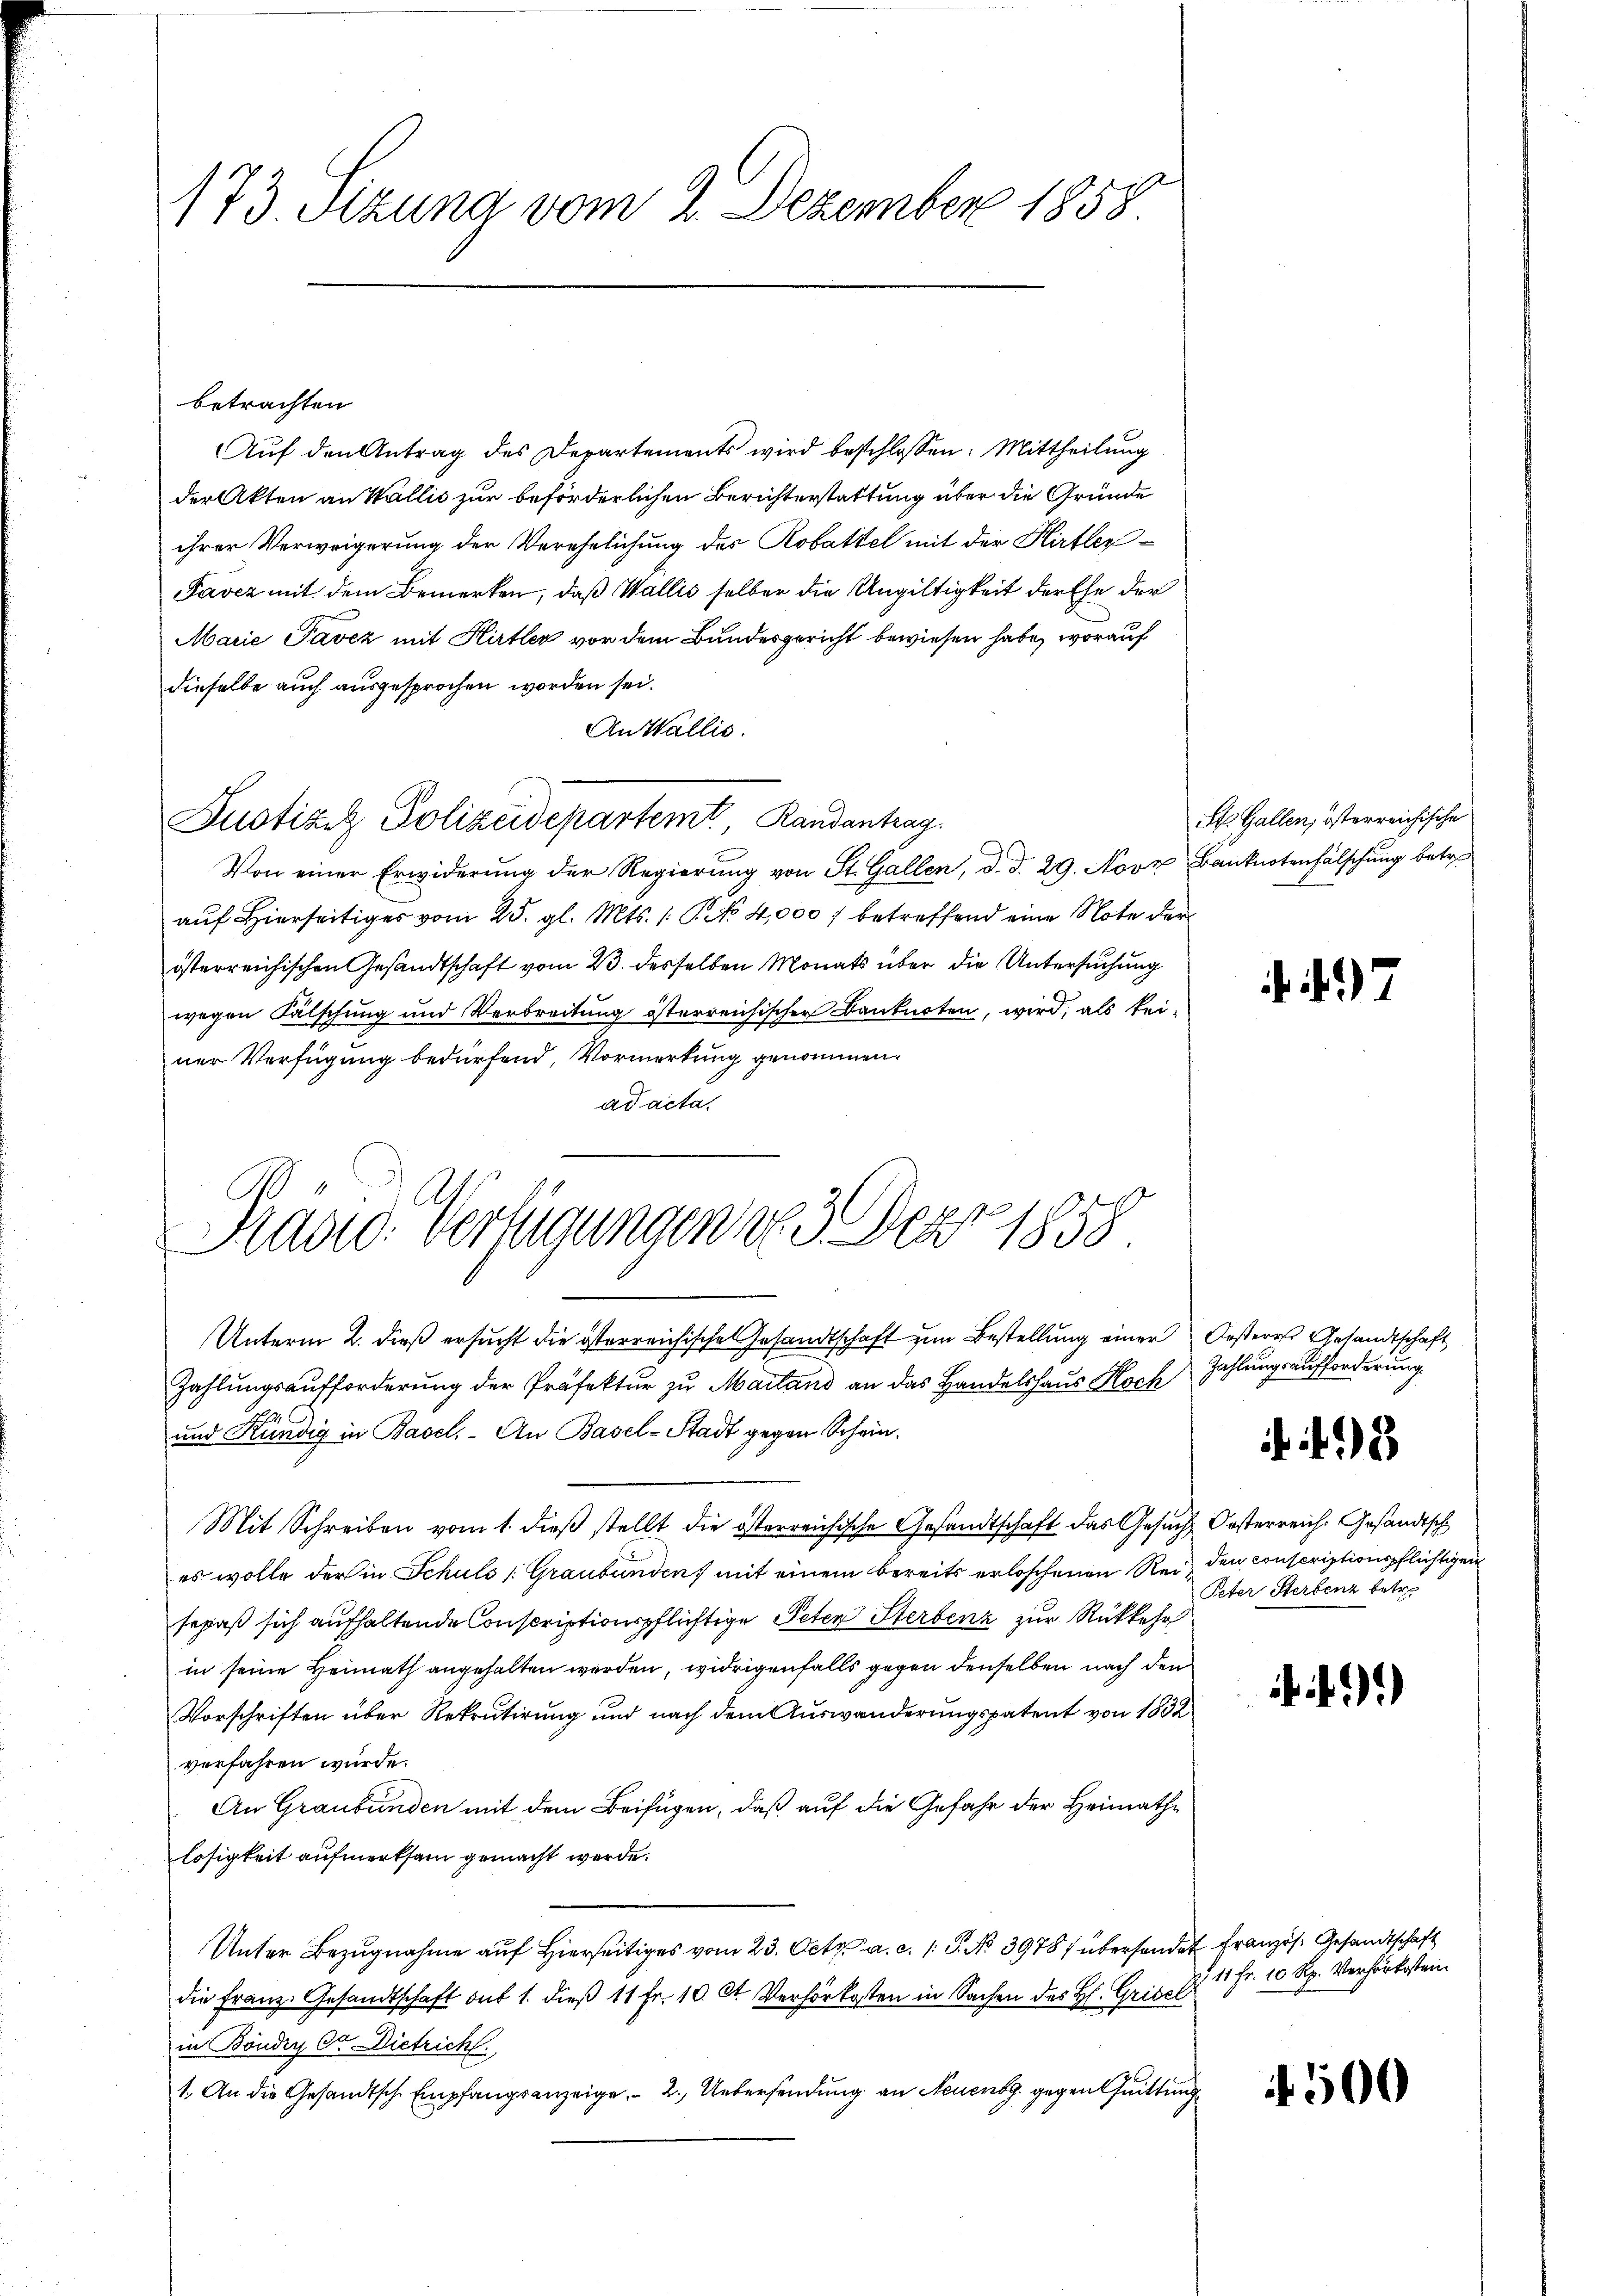
173. Sizung vom 2. Dezember 1858

betrachten
Auf den Antrag des Departements wird beschlossen: Mittheilung
der Akten an Wallis zur beförderlichen Berichterstattung über die Gründe
ihrer Verweigerung der Verehelichung des Kobattel mit der Hirtler¬
Favez mit dem Bemerken, daß Wallis selber die Ungültigkeit der Ehe der
Marie Pavez mit Hirtler vor dem Bundesgericht bewiesen habe, worauf
dieselbe auch ausgesprochen worden sei.
An Wallis.
Von einer Erwiderung der Regierung von St. Gallen, d. d. 29. Novz, Banknotenfälschung betre
auf Hierseitiges vom 25. gl. Mts. 1. P. No 4,000 f betreffend eine Note der
österreichischen Gesandtschaft vom 23. desselben Monats über die Untersuchung
wegen Fälschung und Verbreitung österreichischen Banknoten, wird, als keiner Verfügung bedürfend, Vormerkung genommen.
ad acta.
Präsid. Verfügungen 183. Der 1858

Justiziz, Polizeidepartemt. Randantrag

Unterm 2. dieß ersucht die österreichische Gesandtschaft zum Bestellung einer Oesteres Gesandtschaft

Zahlungsaufforderung der Präfektur zu Mailand an das Handelshaus Koch
und Kündig in Basel. An Basel-Stadt gegen Schein.
Mit Schreiben vom 1. dieß stellt die österreichische Gesandtschaft das Gesuch Kosterreich. Gesandtsch
es wolle der in Schuls (Graubünden mit einem bereits erloschenen Reiz den conscriptionspflichtigen
sepaß sich aufhaltende Conscriptionspflichtige Peten Sterbenz zur Rückkehr
in seine Heimath angehalten werden, widrigenfalls gegen denselben nach den
Vorschriften über Rekrutirung und nach dem Auswanderungspatent von 1832
verfahren wurde.
An Graubünden mit dem Beifügen, daß auf die Gefahr der Heimathe
losigkeit aufmerksam gemacht werde.
Unter Bezŭgnahme aŭf hierseitiges vom 23. Oct. a. c. 1. P. No 3978) überhander Französ. Gesandtschaft
die Franz. Gesandtschaft auf 1. dieß 11 Fr. 10. St. Verhörkosten in Sachen des H. Grisel
in Böndiy Ctr. Dietricht.
1. An die Gesandtsch. Empfangsanzeige. - 2. Uebersendung an Neuen gegen Quittung

St. Gallen, österreichische

47

Zahlungsaufforderung.

3

Peter Sterbenz betre

ff).

Z 11 Fr. 10 Rp. Verhörkosten.

500